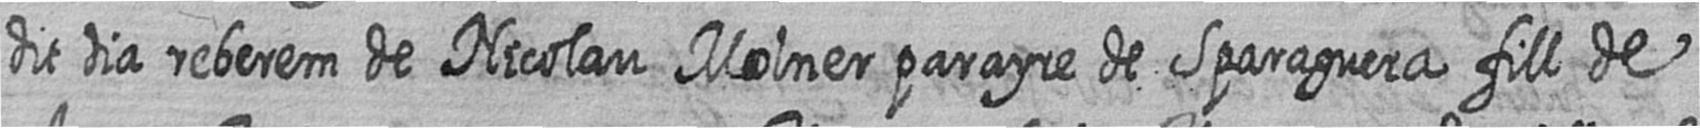
dit dia reberem de Nicolau Molner parayre de Sparaguera fill de